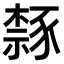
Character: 𫎉